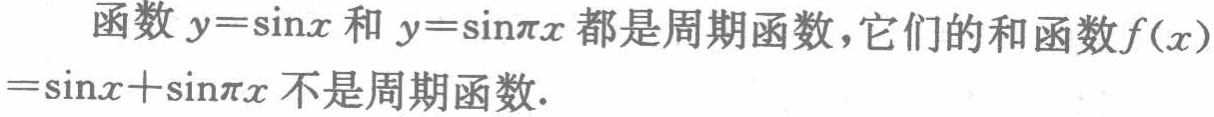
函数 \(y = \sin x\) 和 \(y = \sin \pi x\) 都是周期函数，它们的和函数\(f(x)=\sin x+\sin \pi x\) 不是周期函数.